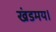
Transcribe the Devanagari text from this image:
खंडमय।